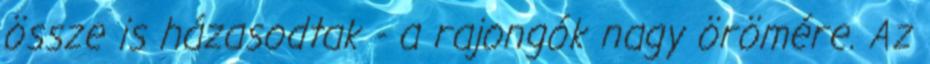
össze is házasodtak - a rajongók nagy örömére. Az